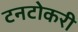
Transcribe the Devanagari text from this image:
टनटोकरी